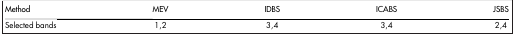
<table><thead><tr><td><b>Method</b></td><td><b>MEV</b></td><td><b>IDBS</b></td><td><b>ICABS</b></td><td><b>JSBS</b></td></tr></thead><tbody><tr><td>Selected bands</td><td>1,2</td><td>3,4</td><td>3,4</td><td>2,4</td></tr></tbody></table>